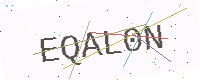
Text: EQAL0N